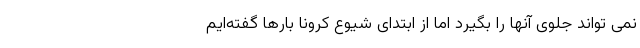
نمی تواند جلوی آنها را بگیرد اما از ابتدای شیوع کرونا بارها گفته‌ایم